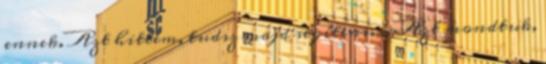
ennek. Azt hittem, tudsz majd segíteni. - Azt mondtuk,